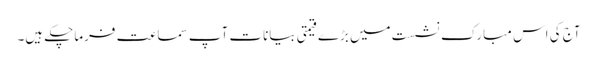
آج کی اس مبارک نشست میں بڑے قیمتی بیانات آپ سماعت فرماچکے ہیں۔